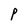
Character: p